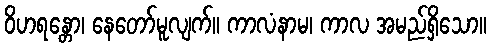
ဝိဟရန္တော၊ နေတော်မူလျက်။ ကာလံနာမ၊ ကာလ အမည်ရှိသော။